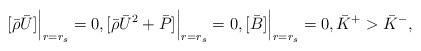
LaTeX: \begin{align*}[\bar{\rho} \bar{U}]\Big|_{r=r_s}=0,[\bar{\rho} \bar{U}^2+\bar{P}]\Big|_{r=r_s}=0,[\bar{B}]\Big|_{r=r_s}=0, \bar{K}^+>\bar{K}^-,\end{align*}